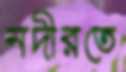
নদীরতে